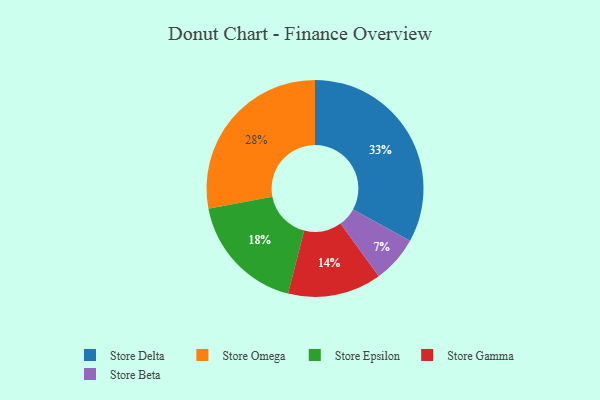
{"axis": {"x": "Category", "y": "Percentage"}, "legend": ["Store Beta", "Store Delta", "Store Epsilon", "Store Gamma", "Store Omega"], "data": [{"x": "Store Beta", "y": 7, "type": "Store Beta"}, {"x": "Store Epsilon", "y": 18, "type": "Store Epsilon"}, {"x": "Store Omega", "y": 28, "type": "Store Omega"}, {"x": "Store Gamma", "y": 14, "type": "Store Gamma"}, {"x": "Store Delta", "y": 33, "type": "Store Delta"}]}